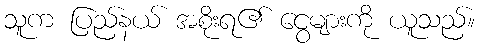
သူက ပြည်နယ် အစိုးရ၏ ငွေများကို ယူသည်။